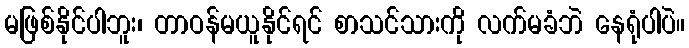
မဖြစ်နိုင်ပါဘူး၊ တာဝန်မယူနိုင်ရင် စာသင်သားကို လက်မခံဘဲ နေရုံပါပဲ။